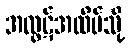
အထွဋ်အထိပ်သို့